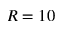
R = 1 0